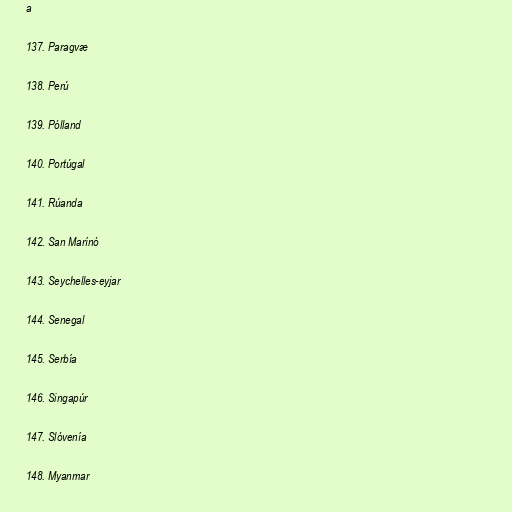
a

137. Paragvæ

138. Perú

139. Pólland

140. Portúgal

141. Rúanda

142. San Marínó

143. Seychelles-eyjar

144. Senegal

145. Serbía

146. Singapúr

147. Slóvenía

148. Myanmar